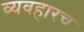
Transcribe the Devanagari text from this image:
व्यवहारच